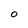
Character: O